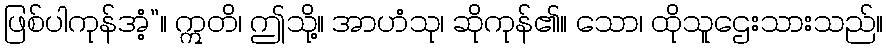
ဖြစ်ပါကုန်အံ့”။ ဣတိ၊ ဤသို့။ အာဟံသု၊ ဆိုကုန်၏။ သော၊ ထိုသူဌေးသားသည်။